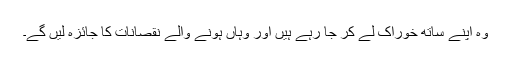
وہ اپنے ساتھ خوراک لے کر جا رہے ہیں اور وہاں ہونے والے نقصانات کا جائزہ لیں گے۔